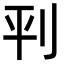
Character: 𫥶